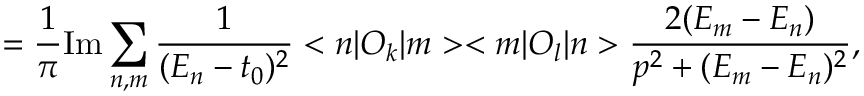
= \frac { 1 } { \pi } \mathrm { I m } \sum _ { n , m } \frac { 1 } { ( E _ { n } - t _ { 0 } ) ^ { 2 } } < n | O _ { k } | m > < m | O _ { l } | n > \frac { 2 ( E _ { m } - E _ { n } ) } { p ^ { 2 } + ( E _ { m } - E _ { n } ) ^ { 2 } } ,